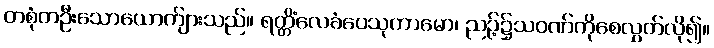
တစုံတဦးသောယောက်ျားသည်။ ရတ္တိံလေခံပေသုကာမော၊ ညဉ့်၌သဝဏ်ကိုစေလွှတ်လို၍။